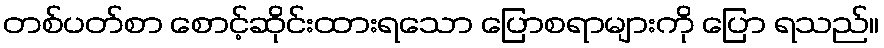
တစ်ပတ်စာ စောင့်ဆိုင်းထားရသော ပြောစရာများကို ပြော ရသည်။